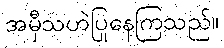
အမှီသဟဲပြုနေကြသည်။